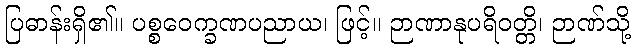
ပြဓာန်းရှိ၏။ ပစ္စဝေက္ခဏပညာယ၊ ဖြင့်။ ဉာဏာနုပရိဝတ္တိ၊ ဉာဏ်သို့